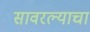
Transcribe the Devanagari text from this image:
सावरल्याचा